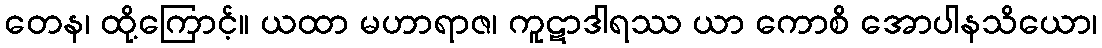
တေန၊ ထို့ကြောင့်။ ယထာ မဟာရာဇ၊ ကူဋာဒါရဿ ယာ ကောစိ အောပါနသိယော၊